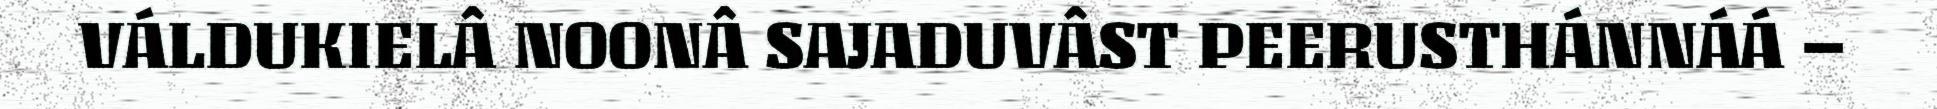
VÁLDUKIELÂ NOONÂ SAJADUVÂST PEERUSTHÁNNÁÁ –